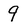
Character: 9